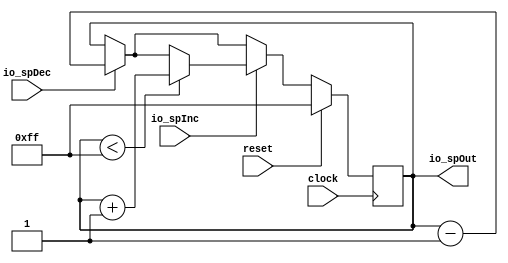
module StackPointer(
  input        clock,
  input        reset,
  input        io_spDec,
  input        io_spInc,
  output [7:0] io_spOut
);
`ifdef RANDOMIZE_REG_INIT
  reg [31:0] _RAND_0;
`endif // RANDOMIZE_REG_INIT
  reg [7:0] spReg; // @[StackPointer.scala 9:22]
  wire [7:0] _spReg_T_1 = spReg - 8'h1; // @[StackPointer.scala 12:20]
  wire [7:0] _GEN_0 = io_spDec ? _spReg_T_1 : spReg; // @[StackPointer.scala 11:19 12:11 9:22]
  wire  _T = spReg < 8'hff; // @[StackPointer.scala 16:17]
  wire [7:0] _spReg_T_3 = spReg + 8'h1; // @[StackPointer.scala 17:22]
  assign io_spOut = spReg; // @[StackPointer.scala 25:12]
  always @(posedge clock) begin
    if (reset) begin // @[StackPointer.scala 9:22]
      spReg <= 8'hff; // @[StackPointer.scala 9:22]
    end else if (io_spInc) begin // @[StackPointer.scala 15:19]
      if (spReg < 8'hff) begin // @[StackPointer.scala 16:26]
        spReg <= _spReg_T_3; // @[StackPointer.scala 17:13]
      end else begin
        spReg <= _GEN_0;
      end
    end else begin
      spReg <= _GEN_0;
    end
    `ifndef SYNTHESIS
    `ifdef PRINTF_COND
      if (`PRINTF_COND) begin
    `endif
        if (io_spInc & ~_T & ~reset) begin
          $fwrite(32'h80000002,"Stack underflow!\n"); // @[StackPointer.scala 21:13]
        end
    `ifdef PRINTF_COND
      end
    `endif
    `endif // SYNTHESIS
  end
// Register and memory initialization
`ifdef RANDOMIZE_GARBAGE_ASSIGN
`define RANDOMIZE
`endif
`ifdef RANDOMIZE_INVALID_ASSIGN
`define RANDOMIZE
`endif
`ifdef RANDOMIZE_REG_INIT
`define RANDOMIZE
`endif
`ifdef RANDOMIZE_MEM_INIT
`define RANDOMIZE
`endif
`ifndef RANDOM
`define RANDOM $random
`endif
`ifdef RANDOMIZE_MEM_INIT
  integer initvar;
`endif
`ifndef SYNTHESIS
`ifdef FIRRTL_BEFORE_INITIAL
`FIRRTL_BEFORE_INITIAL
`endif
initial begin
  `ifdef RANDOMIZE
    `ifdef INIT_RANDOM
      `INIT_RANDOM
    `endif
    `ifndef VERILATOR
      `ifdef RANDOMIZE_DELAY
        #`RANDOMIZE_DELAY begin end
      `else
        #0.002 begin end
      `endif
    `endif
`ifdef RANDOMIZE_REG_INIT
  _RAND_0 = {1{`RANDOM}};
  spReg = _RAND_0[7:0];
`endif // RANDOMIZE_REG_INIT
  `endif // RANDOMIZE
end // initial
`ifdef FIRRTL_AFTER_INITIAL
`FIRRTL_AFTER_INITIAL
`endif
`endif // SYNTHESIS
endmodule